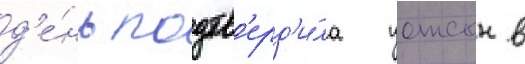
д'е́нь подтв'ерд'и́ла уотсон в